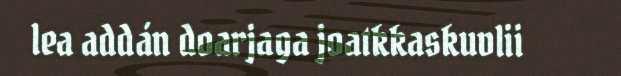
lea addán doarjaga joatkkaskuvlii